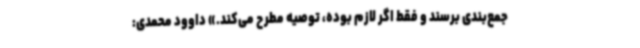
جمع‌بندی برسند و فقط اگر لازم بوده، توصیه مطرح می‌کند.» داوود محمدی: